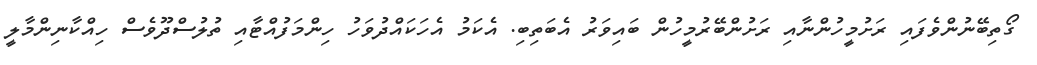
ގޯތިބޭނުންވެފައި ރަށުމީހުންނާއި ރަށުންބޭރުމީހުން ބައިވަރު އެބަތިބި. އެކަމު އެހަކައްދުވަހު ހިންމަފުއްޓާއި ތުލުސްދޫވެސް ހިއްކާނިންމާލީ